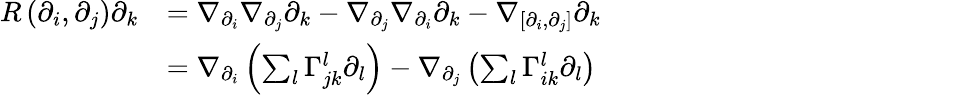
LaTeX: \begin{array}{rl}{R\left(\partial_{i},\partial_{j}\right)\partial_{k}}&{=\nabla_{\partial_{i}}\nabla_{\partial_{j}}\partial_{k}-\nabla_{\partial_{j}}\nabla_{\partial_{i}}\partial_{k}-\nabla_{\left[\partial_{i},\partial_{j}\right]}\partial_{k}\mathrm{\ \ \ \ \ \ \ \ \ \ \ \ \ \ \ \ \ \ \ \ \ \ \ \ \ \ \ \ \ \ \ \ \ \ \ \ \ \ \ \ \ \ \ \ \ \ \ \ \ \ \ \ \ }}\\ &{=\nabla_{\partial_{i}}\left(\sum_{l}\Gamma_{jk}^{l}\partial_{l}\right)-\nabla_{\partial_{j}}\left(\sum_{l}\Gamma_{ik}^{l}\partial_{l}\right)}\end{array}